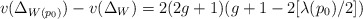
\begin{align*} v(\Delta_{W(p_0)})-v(\Delta_W)= 2(2g+1)(g+1-2[\lambda(p_0)/2])\end{align*}